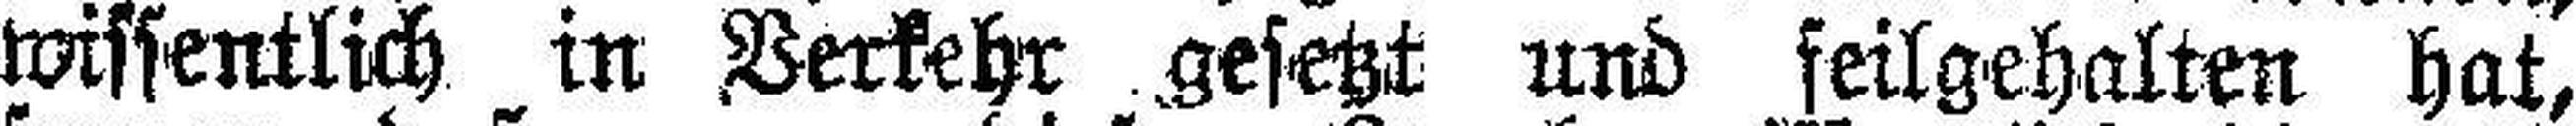
wissentlich in Verkehr gesetzt und feilgehalten hat,